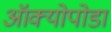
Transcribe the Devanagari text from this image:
ऑक्योपोडा